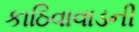
કાઠિવાવાડની